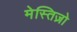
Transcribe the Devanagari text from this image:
मेस्तिज़ो